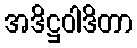
အဒိဋ္ဌဝါဒိတာ